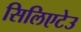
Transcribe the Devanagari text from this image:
सिलिएटेउ